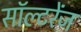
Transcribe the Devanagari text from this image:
सॉल्टरेंज